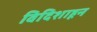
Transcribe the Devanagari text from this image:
विदिशाहून